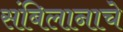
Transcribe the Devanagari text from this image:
संबिलानाचे